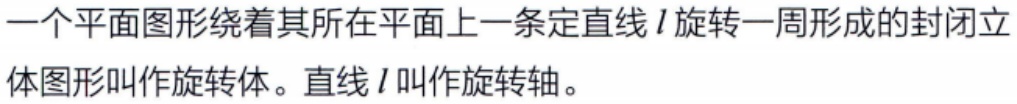
一个平面图形绕着其所在平面上一条定直线\(l\)旋转一周形成的封闭立体图形叫作旋转体。直线\(l\)叫作旋转轴。